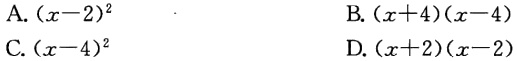
A. \((x - 2)^2\)

B. \((x + 4)(x - 4)\)

C. \((x - 4)^2\)

D. \((x + 2)(x - 2)\)